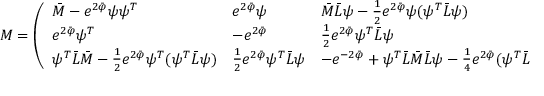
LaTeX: { \cal M } = \left( \begin{array} { l l l } { { \bar { M } - e ^ { 2 \bar { \varphi } } \psi \psi ^ { T } } } & { { e ^ { 2 \bar { \varphi } } \psi } } & { { \bar { M } \bar { L } \psi - { \frac { 1 } { 2 } } e ^ { 2 \bar { \varphi } } \psi ( \psi ^ { T } \bar { L } \psi ) } } \\ { { e ^ { 2 \bar { \varphi } } \psi ^ { T } } } & { { - e ^ { 2 \bar { \varphi } } } } & { { { \frac { 1 } { 2 } } e ^ { 2 \bar { \varphi } } \psi ^ { T } \bar { L } \psi } } \\ { { \psi ^ { T } \bar { L } \bar { M } - { \frac { 1 } { 2 } } e ^ { 2 \bar { \varphi } } \psi ^ { T } ( \psi ^ { T } \bar { L } \psi ) } } & { { { \frac { 1 } { 2 } } e ^ { 2 \bar { \varphi } } \psi ^ { T } \bar { L } \psi } } & { { - e ^ { - 2 \bar { \varphi } } + \psi ^ { T } \bar { L } \bar { M } \bar { L } \psi - { \frac { 1 } { 4 } } e ^ { 2 \bar { \varphi } } ( \psi ^ { T } \bar { L } \psi ) ^ { 2 } } } \end{array} \right) ,